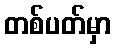
တစ်ပတ်မှာ